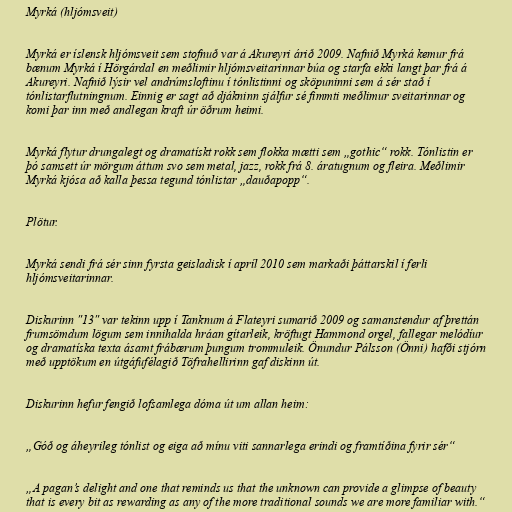
Myrká (hljómsveit)

Myrká er íslensk hljómsveit sem stofnuð var á Akureyri árið 2009. Nafnið Myrká kemur frá
bænum Myrká í Hörgárdal en meðlimir hljómsveitarinnar búa og starfa ekki langt þar frá á
Akureyri. Nafnið lýsir vel andrúmsloftinu í tónlistinni og sköpuninni sem á sér stað í
tónlistarflutningnum. Einnig er sagt að djákninn sjálfur sé fimmti meðlimur sveitarinnar og
komi þar inn með andlegan kraft úr öðrum heimi.

Myrká flytur drungalegt og dramatískt rokk sem flokka mætti sem „gothic“ rokk. Tónlistin er
þó samsett úr mörgum áttum svo sem metal, jazz, rokk frá 8. áratugnum og fleira. Meðlimir
Myrká kjósa að kalla þessa tegund tónlistar „dauðapopp“.

Plötur.

Myrká sendi frá sér sinn fyrsta geisladisk í apríl 2010 sem markaði þáttarskil í ferli
hljómsveitarinnar.

Diskurinn "13" var tekinn upp í Tanknum á Flateyri sumarið 2009 og samanstendur af þrettán
frumsömdum lögum sem innihalda hráan gítarleik, kröftugt Hammond orgel, fallegar melódíur
og dramatíska texta ásamt frábærum þungum trommuleik. Önundur Pálsson (Önni) hafði stjórn
með upptökum en útgáfufélagið Töfrahellirinn gaf diskinn út.

Diskurinn hefur fengið lofsamlega dóma út um allan heim:

„Góð og áheyrileg tónlist og eiga að mínu viti sannarlega erindi og framtíðina fyrir sér“

„A pagan’s delight and one that reminds us that the unknown can provide a glimpse of beauty
that is every bit as rewarding as any of the more traditional sounds we are more familiar with.“